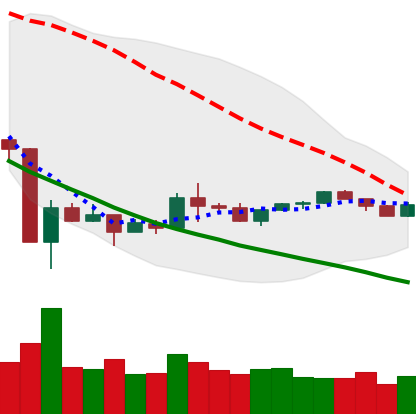
Ticker: XLM-USD
Chart end date: 2020-03-30
Forward return: 4.3125%
Label: up_3_5